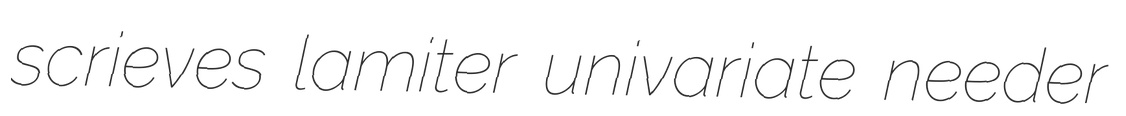
scrieves lamiter univariate needer